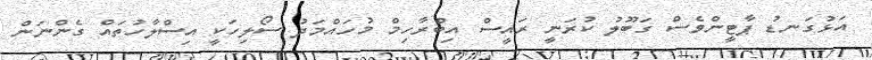
އަޅުގަނޑު ޕާޓީންވެސް ގަބޫލު ކުރަނީ ރައީސް އިބްރާހިމް މުހައްމަދު ސޯލިހަކީ އިސްލާހުތައް ގެންނަން